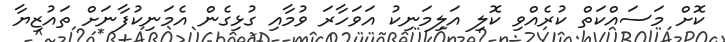
ކޮށް މަސައްކަތް ކުރެއްވި ކޮލި އަލިމަނިކު އަވަހާރަ ވުމާއި ގުޅިގެން އެމަނިކުފާނަށް ތައުޒިޔާ